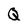
Character: Q